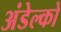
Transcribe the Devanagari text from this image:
अंडेल्को